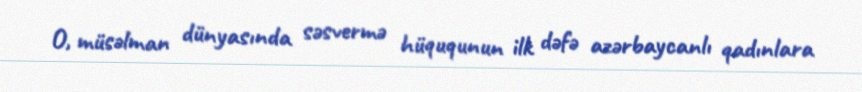
O, müsəlman dünyasında səsvermə hüququnun ilk dəfə azərbaycanlı qadınlara